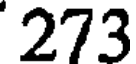
273